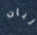
ربان